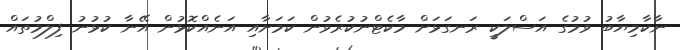
ނާކާމިޔާބު ވުމުގެ އަސްލަކީ ރަނގަޅަށް މާކެޓްނުކުރެވުން ކަމަށާއި އަނެއްކޮޅުން އޭނާ ކުޅުނު ފިލްމުތައް